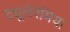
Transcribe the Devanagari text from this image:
ट्यूलेरेमिया